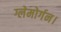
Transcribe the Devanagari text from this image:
ग्लेमोर्गन।